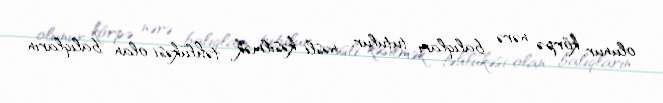
olunur, körpə nərə balıqları tutulur, nəsli kəsilmək təhlükəsi olan balıqların